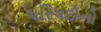
પરિષદોનો